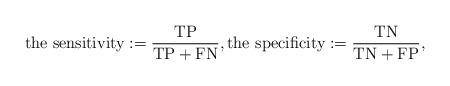
LaTeX: \begin{align*}\textrm{the sensitivity}:=\frac{\textrm{TP}}{\textrm{TP}+\textrm{FN}},\textrm{the specificity}:=\frac{\textrm{TN}}{\textrm{TN}+\textrm{FP}},\end{align*}